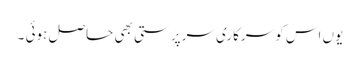
یوں اس کو سرکاری سرپرستی بھی حاصل ہوئی ۔